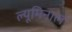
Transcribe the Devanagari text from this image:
ल्यूमिनाल